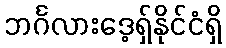
ဘင်္ဂလားဒေ့ရှ်နိုင်ငံရှိ